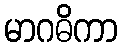
မာဂဓိကာ